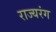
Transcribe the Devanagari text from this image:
राज्यरंग